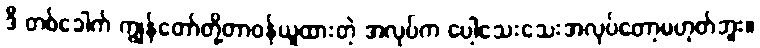
ဒီ တစ်ခေါက် ကျွန်တော်တို့တာဝန်ယူထားတဲ့ အလုပ်က ပေါ့သေးသေးအလုပ်တော့မဟုတ်ဘူး။